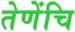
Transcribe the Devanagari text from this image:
तेणेंचि